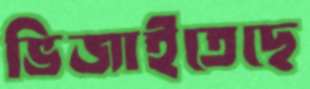
ভিজাইতেছে